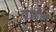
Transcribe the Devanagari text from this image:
वाईल